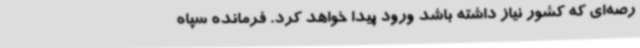
رصه‌ای که کشور نیاز داشته باشد ورود پیدا خواهد کرد. فرمانده سپاه